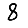
Digit: 8